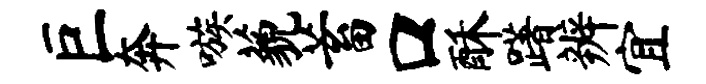
巨奔嗾藐蓄口酥躇辨宜